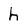
Character: h